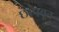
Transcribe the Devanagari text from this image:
छापवून